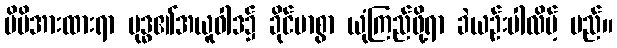
မိမိအားထားရာ ဗုဒ္ဓ၏အယူဝါဒ၌ ခိုင်မာစွာ ယုံကြည်ဖို့ရာ ခဲယဉ်းပါလိမ့် မည်။